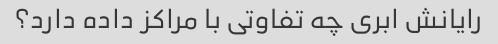
رایانش ابری چه تفاوتی با مراکز داده دارد؟